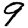
Digit: 9